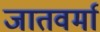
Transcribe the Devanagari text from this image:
जातवर्मा